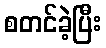
စတင်ခဲ့ပြီး